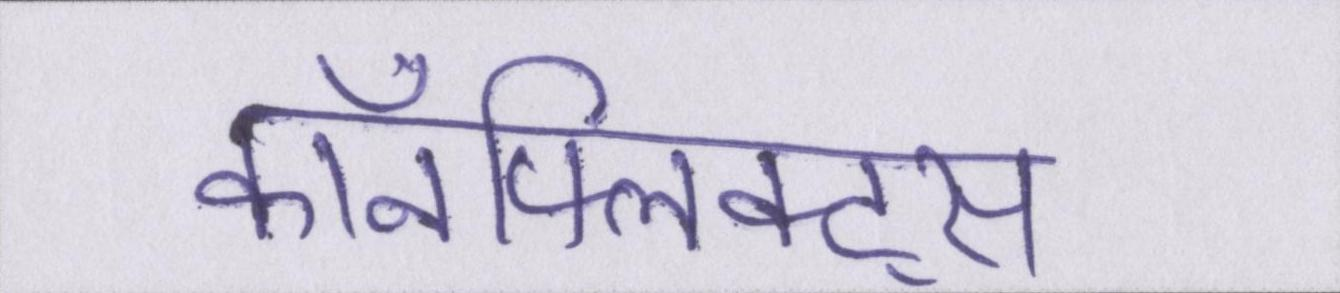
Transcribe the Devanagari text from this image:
कॉनफ्लिक्ट्स